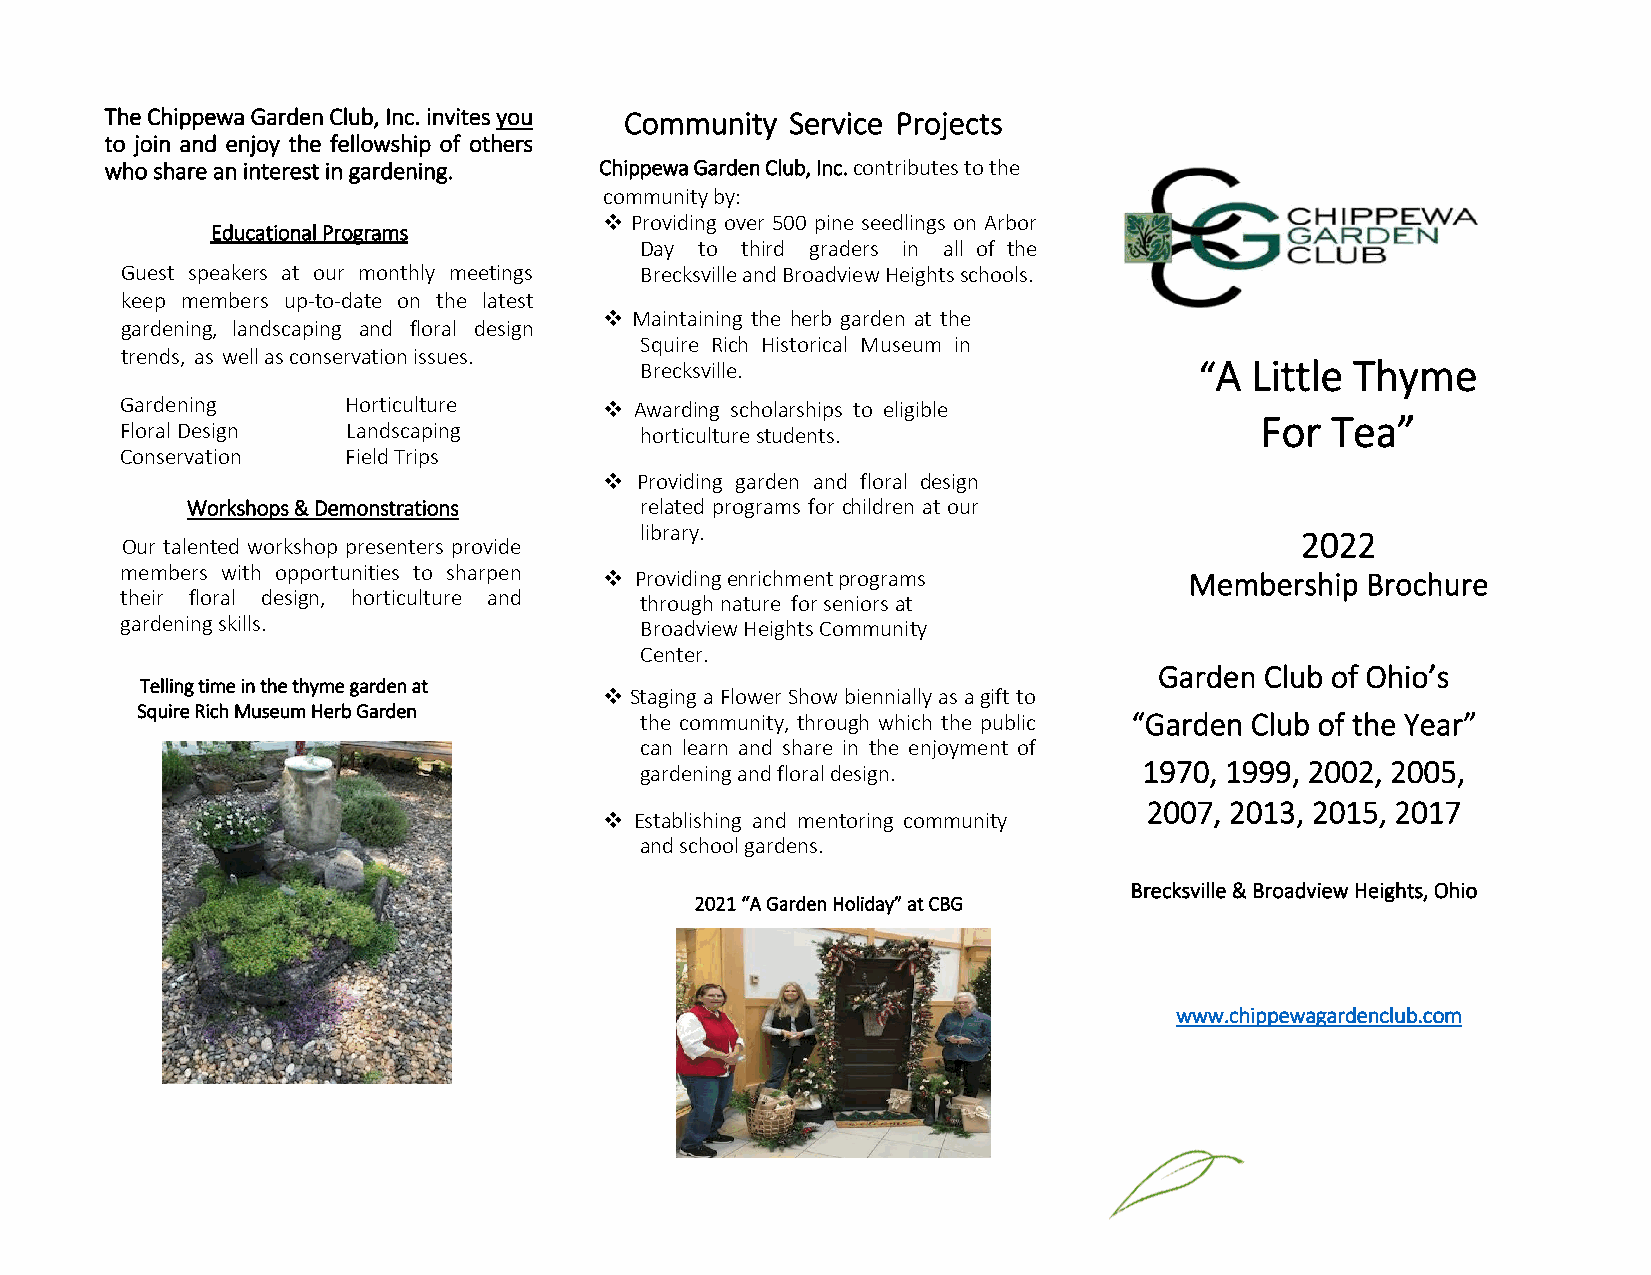
The Chippewa Garden Club, Inc. invites you Community Service Projects
 to join and enjoy the fellowship of others
 who share an interest in gardening. Chippewa Garden Club, Inc. contributes to the
 community by:
  Providing over 500 pine seedlings on Arbor
 Educational Programs
 Day to third graders in all of the
 Guest speakers at our monthly meetings Brecksville and Broadview Heights schools.
 keep members up-to-date on the latest
  Maintaining the herb garden at the
 “Little Thyme    “A
 gardening, landscaping and floral design
 Squire Rich Historical Museum in
 trends, as well as conservation issues.
 Brecksville.                         “A  Little Thyme
 Gardening      Horticulture      Awarding scholarships to eligible
 For  Tea”
 Floral Design  Landscaping        horticulture students.
 Conservation   Field Trips
  Providing garden and floral design
 Workshops & Demonstrations    related programs for children at our
 library.
 2022
 Our talented workshop presenters provide
 members with opportunities to sharpen  Providing enrichment programs  Membership Brochure
 their floral design, horticulture and through nature for seniors at
 gardening skills.                 Broadview Heights Community
 Center.
 Garden Club of Ohio’s
 Telling time in the thyme garden at
  Staging a Flower Show biennially as a gift to
 Squire Rich Museum Herb Garden
 the community, through which the public “Garden Club of the Year”
 can learn and share in the enjoyment of
 1970, 1999, 2002, 2005,
 gardening and floral design.
 2007, 2013, 2015, 2017
  Establishing and mentoring community
 and school gardens.
 Brecksville & Broadview Heights, Ohio
 2021 “A Garden Holiday” at CBG
 www.chippewagardenclub.com